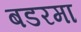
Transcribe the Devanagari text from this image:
बडरमा